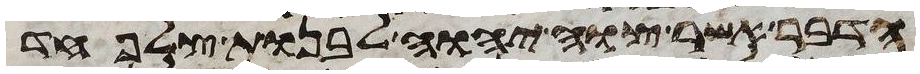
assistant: הדבר אשר צוה יהוה לבנות צלפחד